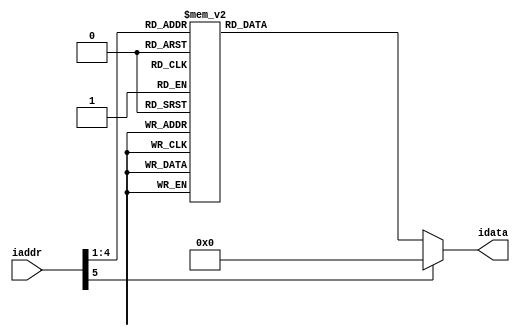
// Program or Instuction Memory (IM2.V)
// Program 2 which tests memory and I/O
//   I/O ports:
//      * 0xfff0 = input port from switches
//                  sw1 = bit 1, sw0 = bit 0
//      * 0xfffa = output port to the 7 segment display
//
// Program 2:
//
// L0:  ADDI  X3,XZR,0xfff0    # X3 = 0xfff, I/0 ports
//      LD    X5,[X3,#0]       # X5 = inut switch value
//      ANDI  X5,X5,#1         # Mask all bits except 0 (sw0)
//      CBZ   X5,Disp0         # if bit = 0 then 
//                             #   X4 = pattern "0"
//                             # else X4 = pattern "1"
//      ADDI  X4,XZR,#0110000  # X4 = bit pattern "1"
//      CBZ   XZR,Skip       
// Disp0:
//      ADDI  X4,XZR,#1111110  # X4 = bit pattern "0"
// Skip:
//      ST    X4,[X3,#10]      # 7-segment display = bit pattern
//      CBZ   XZR,L0           # repeat loop
//

module IM(idata,iaddr);

output [15:0] idata;
input  [15:0] iaddr;

reg    [15:0] idata;

always @(iaddr[5:1])
  case(iaddr[5:1])

// L0:
	0: idata={3'd6,7'b1110000,3'd7,3'd3}; //ADDI X3,XZR,#0xfff0 
	1: idata={3'd3,7'd0,3'd3,3'd5};       //LD   X5,[X3,#0] 
	2: idata={3'd7,7'd1,3'd5,3'd5};       //ANDI X5,X5,#1   
	3: idata={3'd5,7'd3,3'd0,3'd5};       //CBZ  X5,Disp0
	4: idata={3'd6,7'b0110000,3'd7,3'd4}; //ADDI X4,XZR,#0110000
	5: idata={3'd5,7'd2,3'd0,3'd7};       //CBZ  XZR,Skip
// Disp0:
	6: idata={3'd6,7'b1111110,3'd7,3'd4}; //ADDI X4,XZR,#1111110 
// Skip:
	7: idata={3'd4,7'd10,3'd3,3'd4};      //ST  X4,[X3,#10]
	8: idata={3'd5,7'b1111000,3'd0,3'd7}; //CBZ XZR,L0
    default: idata=0;
  endcase
  
endmodule